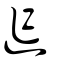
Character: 迮